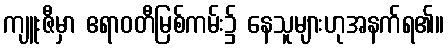
ကျူးဇီမှာ ဧရာဝတီမြစ်ကမ်း၌ နေသူများဟုအနက်ရ၏။